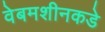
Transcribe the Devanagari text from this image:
वेबमशीनकडे